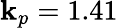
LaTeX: \mathbf{k}_{p}=1.41